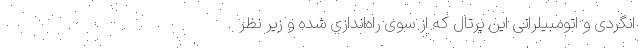
انگردی و اتومبیلرانی این پرتال که از سوی را‌ه‌اندازی شده و زیر نظر